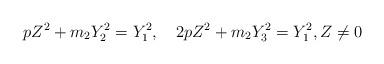
LaTeX: \begin{align*}pZ^{2}+m_{2}Y_{2}^{2}=Y_{1}^{2},\quad2pZ^{2}+m_{2}Y_{3}^{2}=Y_{1}^{2},Z\ne0\end{align*}